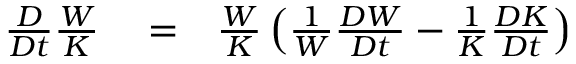
\begin{array} { r l r } { \frac { D } { D t } \frac { W } { K } } & { { } = } & { \frac { W } { K } \left( { \frac { 1 } { W } \frac { D W } { D t } - \frac { 1 } { K } \frac { D K } { D t } } \right) } \end{array}